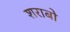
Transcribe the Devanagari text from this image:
शराबो